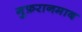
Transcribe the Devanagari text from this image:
गुफ़रानमाब